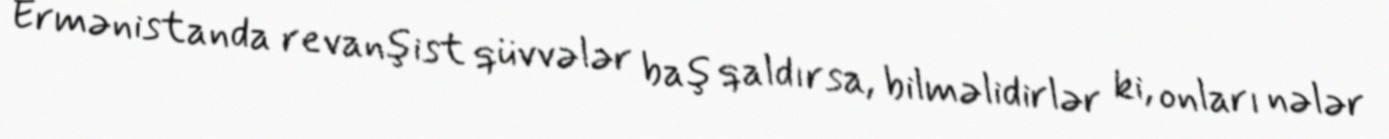
Ermənistanda revanşist qüvvələr baş qaldırsa, bilməlidirlər ki, onları nələr